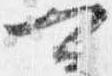
可